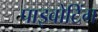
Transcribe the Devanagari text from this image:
पाइवोटिंग